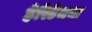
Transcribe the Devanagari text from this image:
हेरिटेजचा